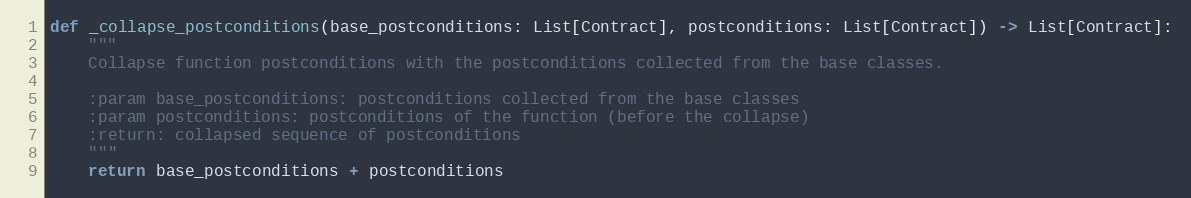
Language: Python
def _collapse_postconditions(base_postconditions: List[Contract], postconditions: List[Contract]) -> List[Contract]:
    """
    Collapse function postconditions with the postconditions collected from the base classes.

    :param base_postconditions: postconditions collected from the base classes
    :param postconditions: postconditions of the function (before the collapse)
    :return: collapsed sequence of postconditions
    """
    return base_postconditions + postconditions